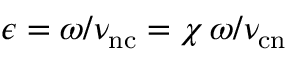
\epsilon = \omega / \nu _ { \mathrm { n c } } = \chi \, \omega / \nu _ { \mathrm { c n } }